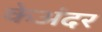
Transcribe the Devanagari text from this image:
केअंदर